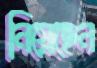
নিয়েছেন